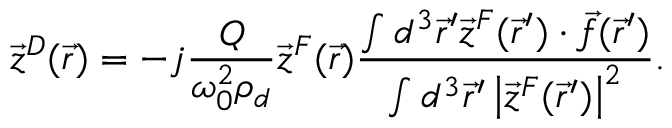
\vec { z } ^ { D } ( \vec { r } ) = - j \frac { Q } { \omega _ { 0 } ^ { 2 } \rho _ { d } } \vec { z } ^ { F } ( \vec { r } ) \frac { \int d ^ { 3 } \vec { r } ^ { \prime } \vec { z } ^ { F } ( \vec { r } ^ { \prime } ) \cdot \vec { f } ( \vec { r } ^ { \prime } ) } { \int d ^ { 3 } \vec { r } ^ { \prime } \left| \vec { z } ^ { F } ( \vec { r } ^ { \prime } ) \right| ^ { 2 } } .